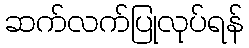
ဆက်လက်ပြုလုပ်ရန်